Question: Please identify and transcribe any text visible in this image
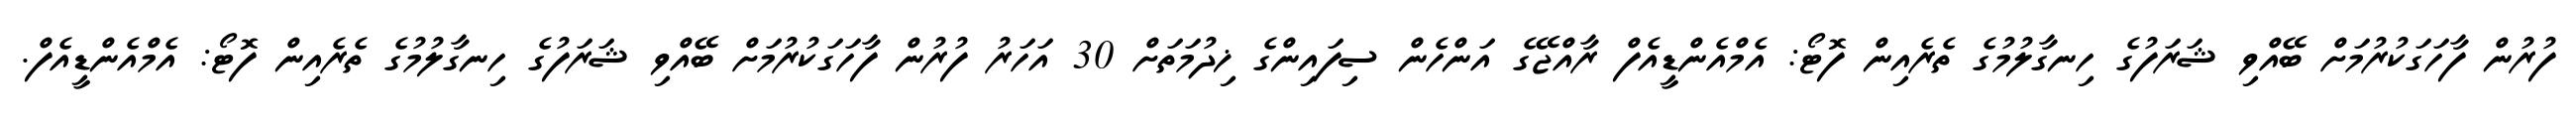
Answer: ފުރުން ފާހަގަކުރުމަށް ބޭއްވި ޝަރަފުގެ ހިނގާލުމުގެ ތެރެއިން ފޮޓޯ: އެމްއެންޑީއެފް ރާއްޖޭގެ އަންހެން ސިފައިންގެ ޚިދުމަތަށް 30 އަހަރު ފުރުން ފާހަގަކުރުމަށް ބޭއްވި ޝަރަފުގެ ހިނގާލުމުގެ ތެރެއިން ފޮޓޯ: އެމްއެންޑީއެފް.